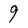
Character: 9